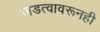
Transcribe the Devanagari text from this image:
जडत्वावरूनही